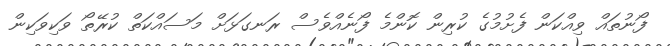
ފޯނުތައް ވިއްކަން ފެށުމުގެ ކުރިން ކޮންމެ ފޯނެއްވެސް ރަނގަޅަށް މަސައްކަތް ކުރޭތޯ ވަކިވަކިން